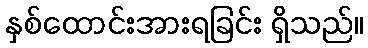
နှစ်ထောင်းအားရခြင်း ရှိသည်။